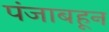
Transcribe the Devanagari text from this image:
पंजाबहून